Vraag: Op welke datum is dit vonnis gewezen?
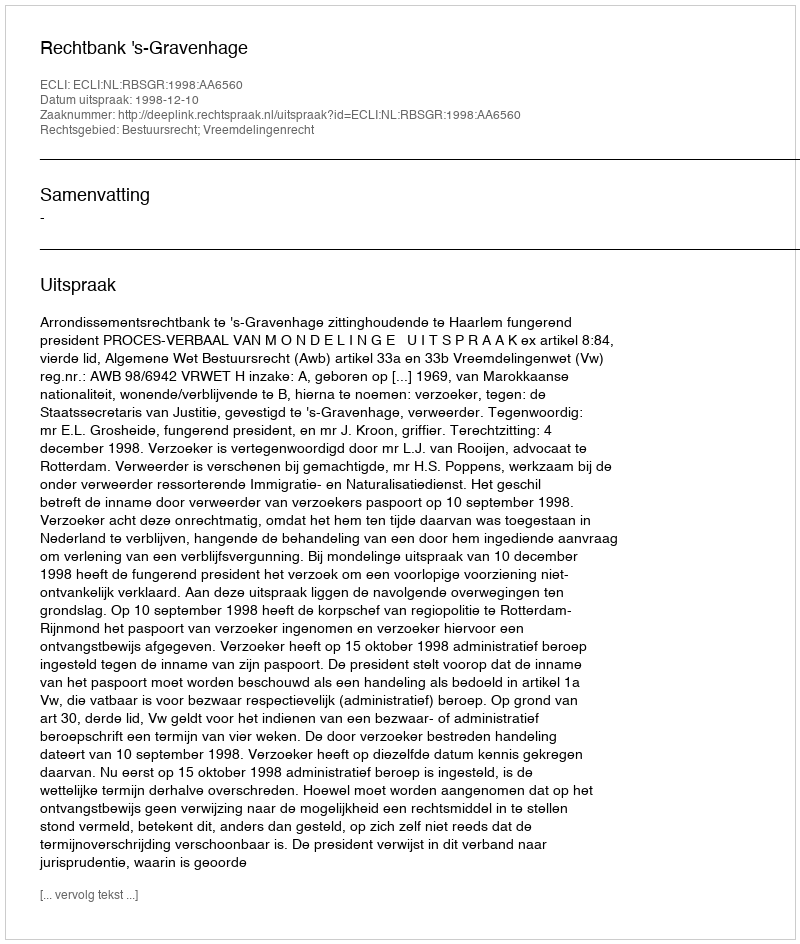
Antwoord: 1998-12-10